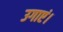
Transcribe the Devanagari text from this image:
उगाएं।